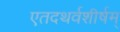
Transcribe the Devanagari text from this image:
एतदथर्वशीर्षम्‌